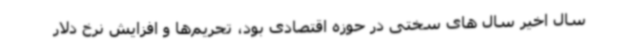
سال اخیر سال های سختی در حوزه اقتصادی بود، تحریم‌ها و افزایش نرخ دلار